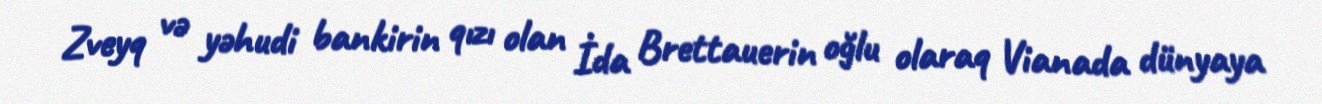
Zveyq və yəhudi bankirin qızı olan İda Brettauerin oğlu olaraq Vianada dünyaya